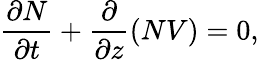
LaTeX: \frac{\partial N}{\partial t}+\frac{\partial}{\partial z}(NV)=0,